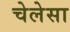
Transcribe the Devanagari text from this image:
चेलेसा